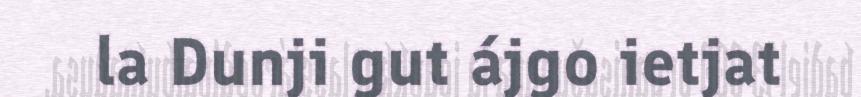
la Dunji gut ájgo ietjat